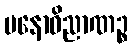
မနောဝိညာဏဉ္စ